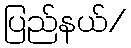
ပြည်နယ်/